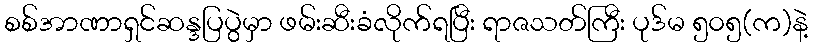
စစ်အာဏာရှင်ဆန္ဒပြပွဲမှာ ဖမ်းဆီးခံလိုက်ရပြီး ရာဇသတ်ကြီး ပုဒ်မ ၅၀၅(က)နဲ့